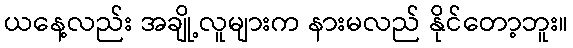
ယနေ့လည်း အချို့လူများက နားမလည် နိုင်တော့ဘူး။